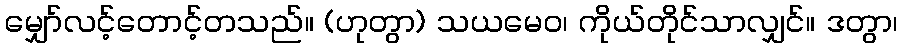
မျှော်လင့်တောင့်တသည်။ (ဟုတွာ) သယမေဝ၊ ကိုယ်တိုင်သာလျှင်။ ဒတွာ၊